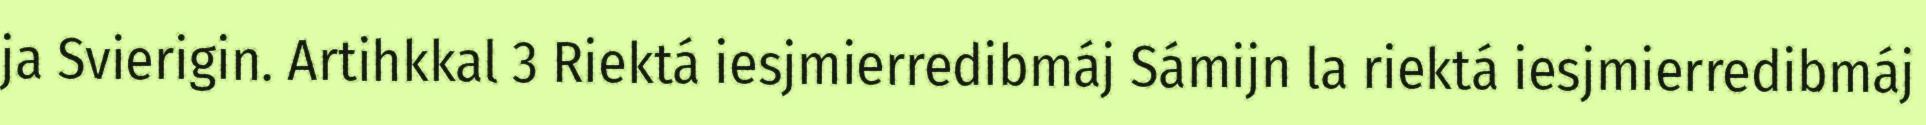
ja Svierigin. Artihkkal 3 Riektá iesjmierredibmáj Sámijn la riektá iesjmierredibmáj